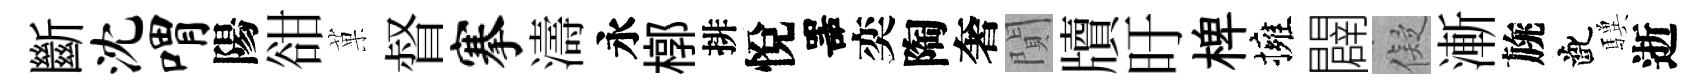
斷沈喟陽𧮳菓督搴濤永槨排悅噐奕陶奢閴牘旴椑擁闢儗漸旐齔驥逝